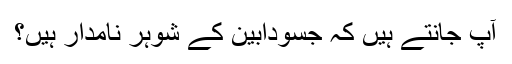
آپ جانتے ہیں کہ جسودابین کے شوہر نامدار ہیں؟